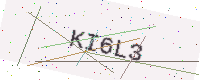
Text: KI6L3